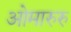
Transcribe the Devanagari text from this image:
ओमारुरु